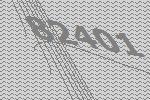
82401